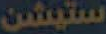
ستيشن